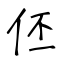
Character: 伾